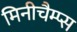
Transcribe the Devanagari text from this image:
मिनीचैम्प्स